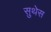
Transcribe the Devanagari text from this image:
सुथेस